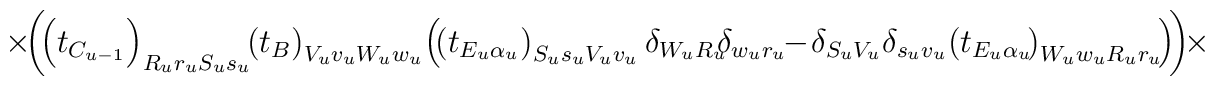
\times\!\bigg(\!\!\left(t_{C_{u-1}}\right)_{R_ur_uS_us_u}\!	\!\left(t_B\right)	_{V_uv_uW_uw_u}\!\left(\!\left(t_{E_u\alpha_u}\right)_{S_us_uV_uv_u}	\delta	_{W_uR_u}\!\!\delta_{w_ur_u}\!\!-\!\delta_{S_uV_u}\delta_{s_uv_u}\!\left(	t_{E_u	\alpha_u}\!\right)_{W_uw_uR_ur_u}\!\right)\!\!\bigg)\!\times